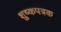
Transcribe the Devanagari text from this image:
शुष्कपत्रक